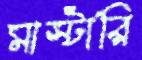
মাস্টারি